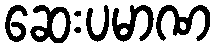
ဆေးပမာဏ